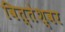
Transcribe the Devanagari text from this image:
वित्तेश्वर